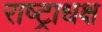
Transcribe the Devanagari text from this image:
राष्ट्राधक्ष